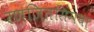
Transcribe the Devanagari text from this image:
रणजितसिंगचा